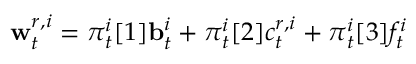
\mathbf { w } _ { t } ^ { r , i } = { \boldsymbol { \pi } } _ { t } ^ { i } [ 1 ] \mathbf { b } _ { t } ^ { i } + { \boldsymbol { \pi } } _ { t } ^ { i } [ 2 ] c _ { t } ^ { r , i } + { \boldsymbol { \pi } } _ { t } ^ { i } [ 3 ] f _ { t } ^ { i }